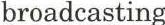
broadcasting